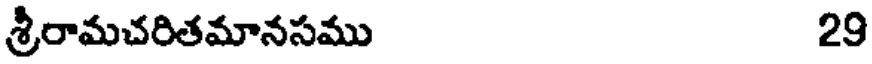
శ్రీరామచరితమానసము 29